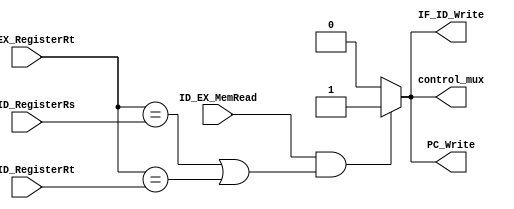
	/******************************************************************
* Description
*	This is control unit for the MIPS processor. The control unit is 
*	in charge of generation of the control signals. Its only input 
*	corrponds to opcode from the instruction.
*	1.0
* Author:
*	Dr. Jos Luis Pizano Escalante
* email:
*	luispizano@iteso.mx
* Date:
*	01/03/2014
******************************************************************/
module HazardDetectionUnit
(
    input ID_EX_MemRead,
    input [3:0]ID_EX_RegisterRt,
    input [3:0]IF_ID_RegisterRs,
    input [3:0]IF_ID_RegisterRt,
    output reg IF_ID_Write,
    output reg PC_Write,
    output reg control_mux
);
//Se pone 
always@(ID_EX_MemRead,ID_EX_RegisterRt,IF_ID_RegisterRs,IF_ID_RegisterRt) begin
        IF_ID_Write <= 1'b0;
        PC_Write <= 1'b0;
        control_mux <= 1'b0;
        
        if(ID_EX_MemRead && ((ID_EX_RegisterRt == IF_ID_RegisterRs) || (ID_EX_RegisterRt == IF_ID_RegisterRt)))
        begin
            IF_ID_Write <= 1'b1;
            PC_Write <= 1'b1;
            control_mux <= 1'b1;
        end

    end
	
endmodule
//control